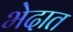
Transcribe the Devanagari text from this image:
भेदात